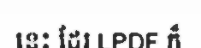
នេះ ដែរ LPDF ក៏